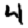
Digit: 4